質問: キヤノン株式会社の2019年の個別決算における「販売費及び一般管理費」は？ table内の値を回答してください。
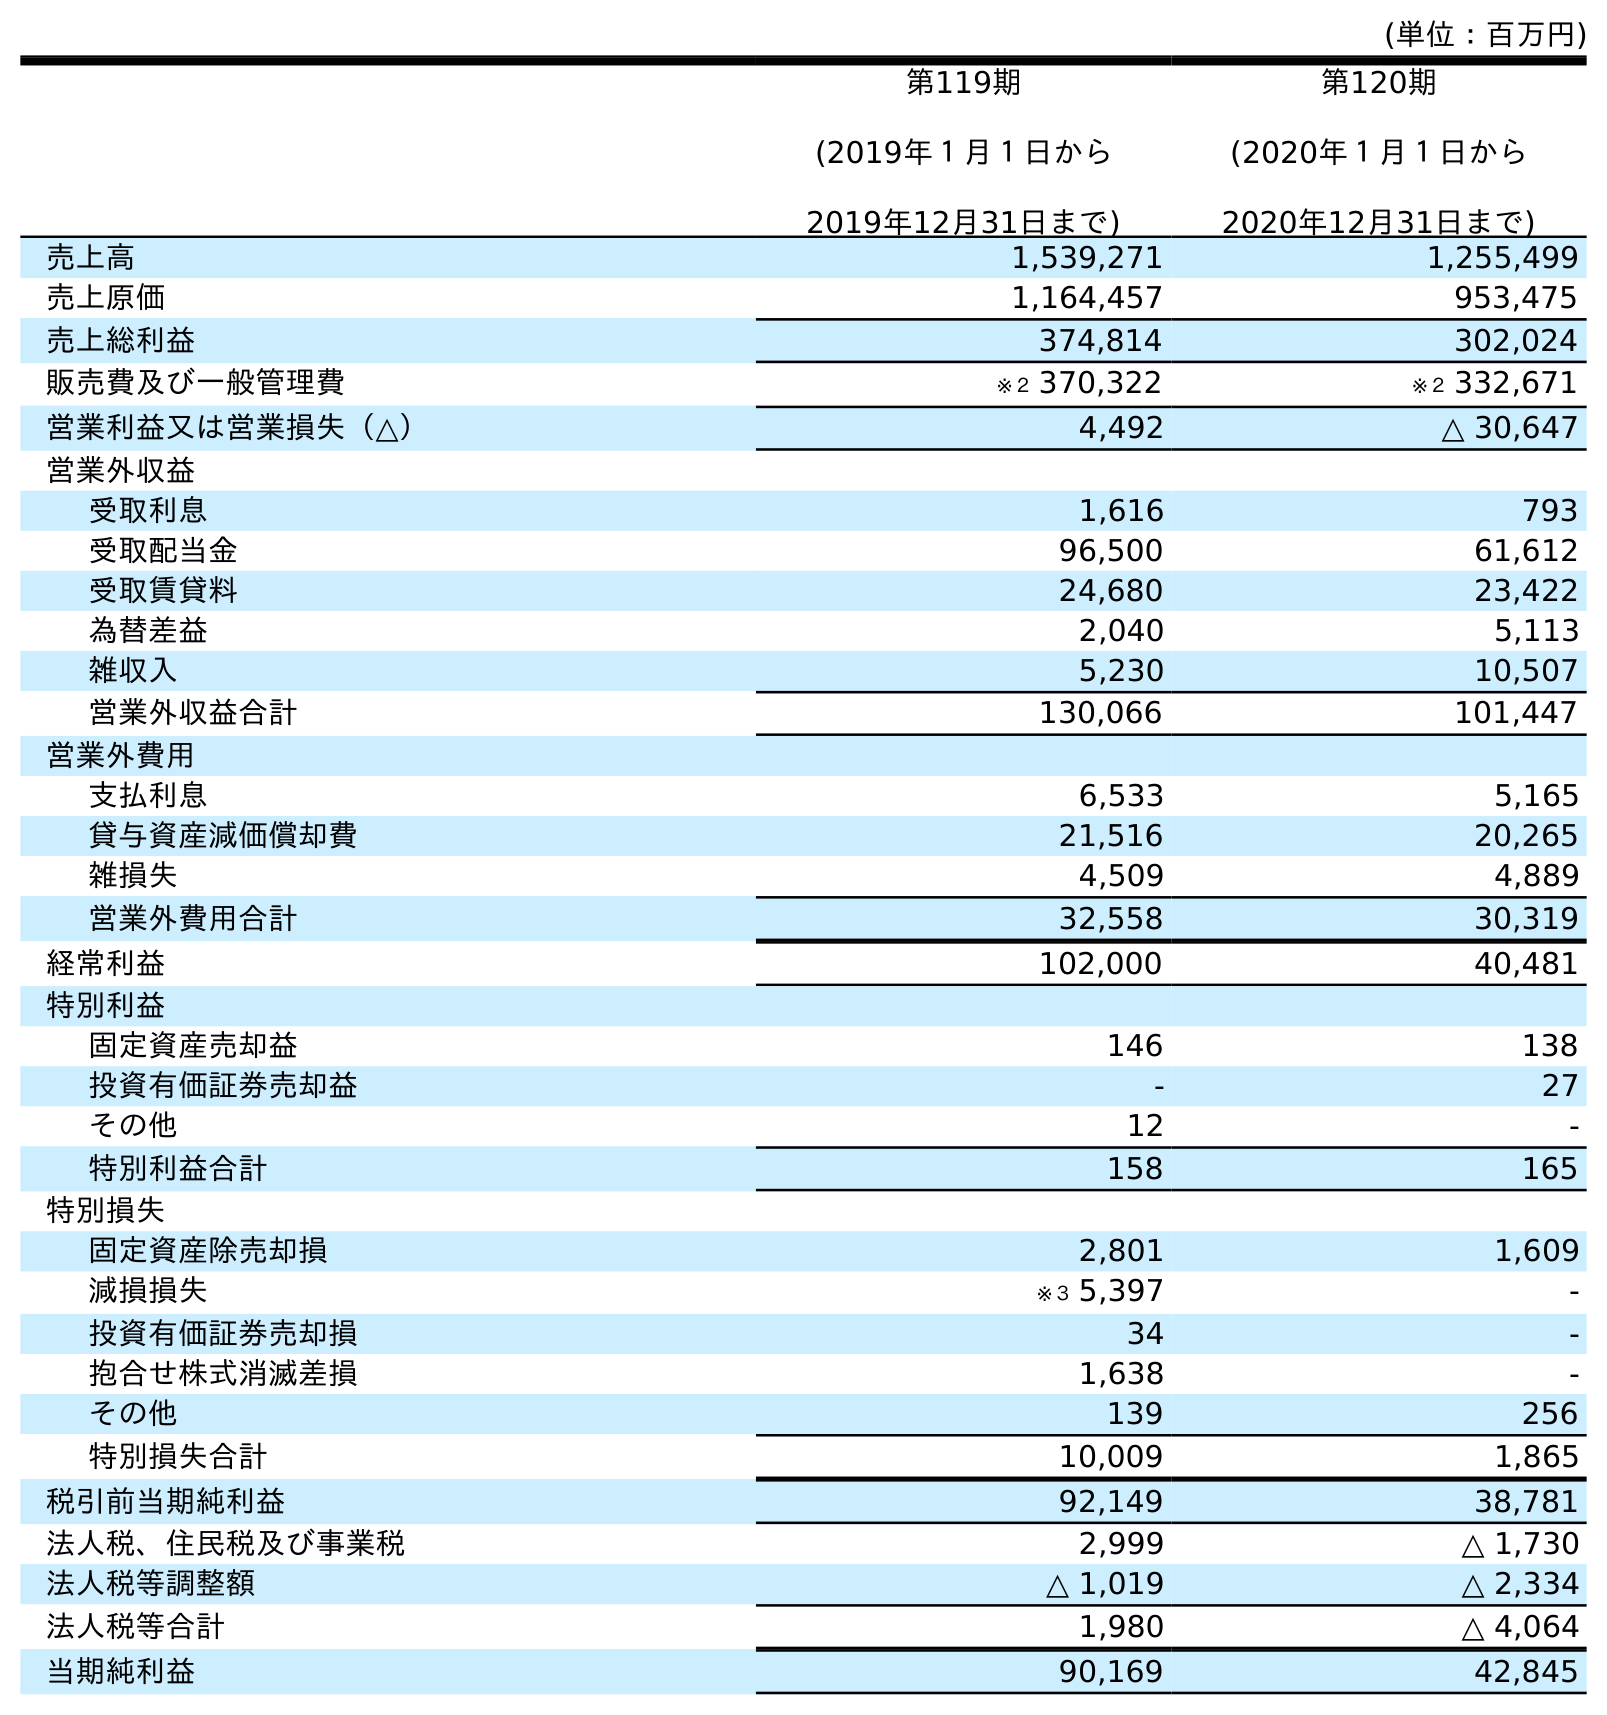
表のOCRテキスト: (単位：百万円) 第119期 (2019年１月１日から 2019年12月31日まで) 第120期 (2020年１月１日から 2020年12月31日まで) 売上高 1,539,271 1,255,499 売上原価 1,164,457 953,475 売上総利益 374,814 302,024 販売費及び一般管理費 ※２ 370,322 ※２ 332,671 営業利益又は営業損失（△） 4,492 △ 30,647 営業外収益 受取利息 1,616 793 受取配当金 96,500 61,612 受取賃貸料 24,680 23,422 為替差益 2,040 5,113 雑収入 5,230 10,507 営業外収益合計 130,066 101,447 営業外費用 支払利息 6,533 5,165 貸与資産減価償却費 21,516 20,265 雑損失 4,509 4,889 営業外費用合計 32,558 30,319 経常利益 102,000 40,481 特別利益 固定資産売却益 146 138 投資有価証券売却益 - 27 その他 12 - 特別利益合計 158 165 特別損失 固定資産除売却損 2,801 1,609 減損損失 ※３ 5,397 - 投資有価証券売却損 34 - 抱合せ株式消滅差損 1,638 - その他 139 256 特別損失合計 10,009 1,865 税引前当期純利益 92,149 38,781 法人税、住民税及び事業税 2,999 △ 1,730 法人税等調整額 △ 1,019 △ 2,334 法人税等合計 1,980 △ 4,064 当期純利益 90,169 42,845
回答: ※２370,322